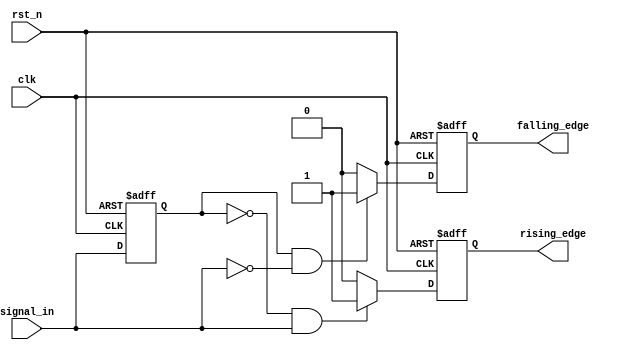
module SchmittTriggerEdgeDetector (
    input wire clk,               // Clock signal
    input wire rst_n,             // Active low reset
    input wire signal_in,         // Input signal to be monitored
    output reg rising_edge,       // Rising edge output
    output reg falling_edge       // Falling edge output
);

    // Parameters for hysteresis thresholds
    parameter LOW_THRESHOLD = 1'b0;  // Lower threshold
    parameter HIGH_THRESHOLD = 1'b1; // Upper threshold

    // Memory block to hold the previous state
    reg previous_state;

    // Edge detection logic
    always @(posedge clk or negedge rst_n) begin
        if (!rst_n) begin
            previous_state <= LOW_THRESHOLD; // Initialize to known state
            rising_edge <= 1'b0;
            falling_edge <= 1'b0;
        end else begin
            // Detect rising edge
            if (previous_state == LOW_THRESHOLD && signal_in == HIGH_THRESHOLD) begin
                rising_edge <= 1'b1; // Rising edge detected
            end else begin
                rising_edge <= 1'b0; // Reset rising edge output
            end

            // Detect falling edge
            if (previous_state == HIGH_THRESHOLD && signal_in == LOW_THRESHOLD) begin
                falling_edge <= 1'b1; // Falling edge detected
            end else begin
                falling_edge <= 1'b0; // Reset falling edge output
            end

            // Update previous state
            previous_state <= signal_in;
        end
    end

endmodule